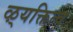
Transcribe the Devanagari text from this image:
ऴ्यक्तित्व